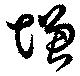
増